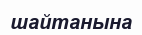
шайтанына